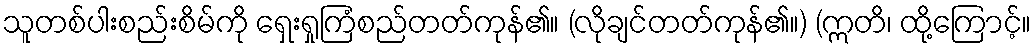
သူတစ်ပါးစည်းစိမ်ကို ရှေးရှုကြံစည်တတ်ကုန်၏။ (လိုချင်တတ်ကုန်၏။) (ဣတိ၊ ထို့ကြောင့်။